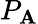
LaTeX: P_{\mathbf{A}}